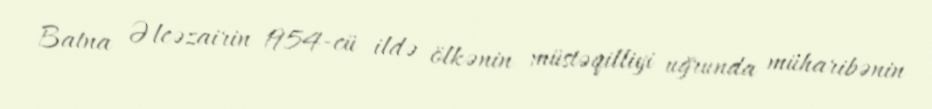
Batna Əlcəzairin 1954-cü ildə ölkənin müstəqilliyi uğrunda müharibənin